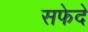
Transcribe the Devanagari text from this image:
सफेदे